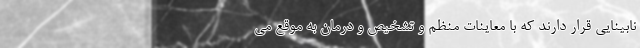
نابینایی قرار دارند که با معاینات منظم و تشخیص و درمان به موقع می